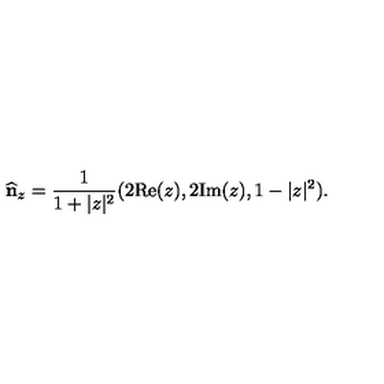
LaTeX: \widehat { \bf n } _ { z } = \frac { 1 } { 1 + \vert z \vert ^ { 2 } } ( 2 \mathrm { R e } ( z ) , 2 \mathrm { I m } ( z ) , 1 - \vert z \vert ^ { 2 } ) .